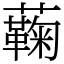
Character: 蘜